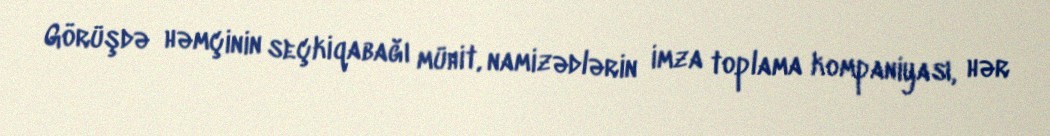
Görüşdə həmçinin seçkiqabağı mühit, namizədlərin imza toplama kompaniyası, hər